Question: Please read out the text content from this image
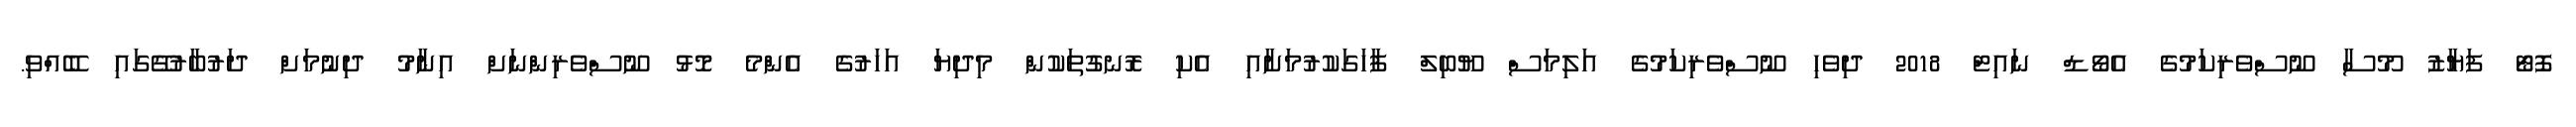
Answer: ފޮޓޯ ފަޔާޒު މޫސާ ނޫސްވެރިކަމުގެ އެވޯޑް ނައިޓް 2018 ދިވެހި ނޫސްވެރިކަމުގެ އަލިމަސް ޔޫބިލް ފާހަގަކުރުމަށާއި އެކި ރޮނގުތަކުން މިދިޔަ އަހަރުގެ އެންމެ މޮޅު ނޫސްވެރިންނަށް އިނާމު ދިނުމަށް ދަރުބާރުގޭގައި ބޭއްވި.